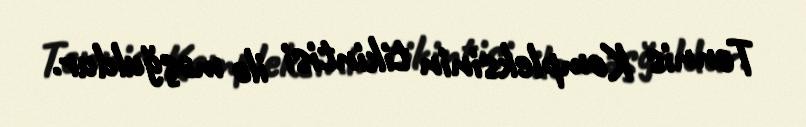
Tennis Kompleksinin tikintisi ilə məşğuldur.